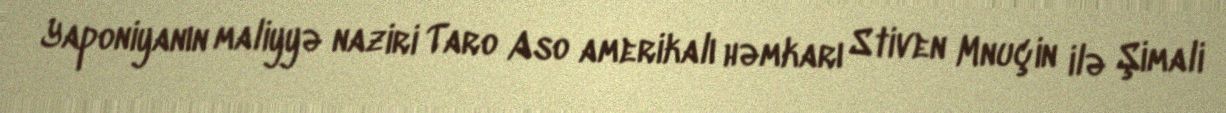
Yaponiyanın maliyyə naziri Taro Aso amerikalı həmkarı Stiven Mnuçin ilə Şimali